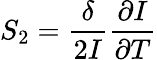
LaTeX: S_{2}=\frac{\delta}{2I}\frac{\partial I}{\partial T}